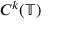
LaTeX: C ^ { k } ( \mathbb { T } )